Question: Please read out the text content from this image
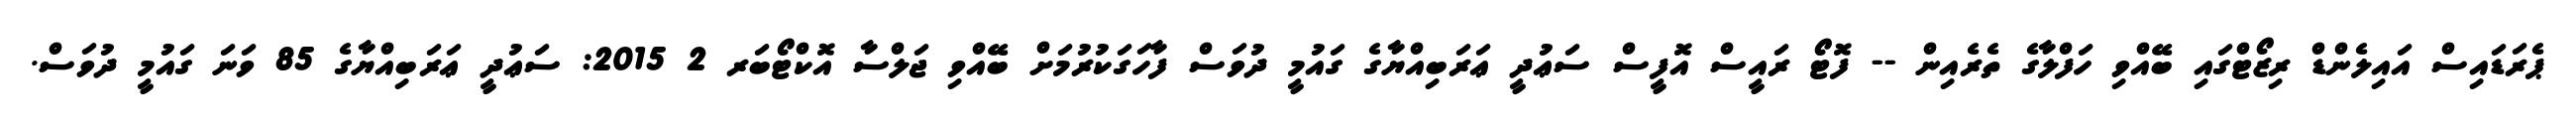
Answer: ޕެރަޑައިސް އައިލެންޑް ރިޒޯޓްގައި ބޭއްވި ހަފްލާގެ ތެރެއިން -- ފޮޓޯ ރައީސް އޮފީސް ސަޢުދީ ޢަރަބިއްޔާގެ ގައުމީ ދުވަސް ފާހަގަކުރުމަށް ބޭއްވި ޖަލްސާ އޮކްޓޯބަރ 2 2015: ސަޢުދީ ޢަރަބިއްޔާގެ 85 ވަނަ ގައުމީ ދުވަސް.